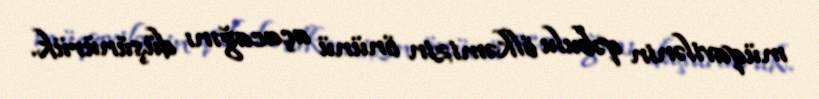
müqavilənin qəbulu ölkəmizin önünü açacağını düşünürük.